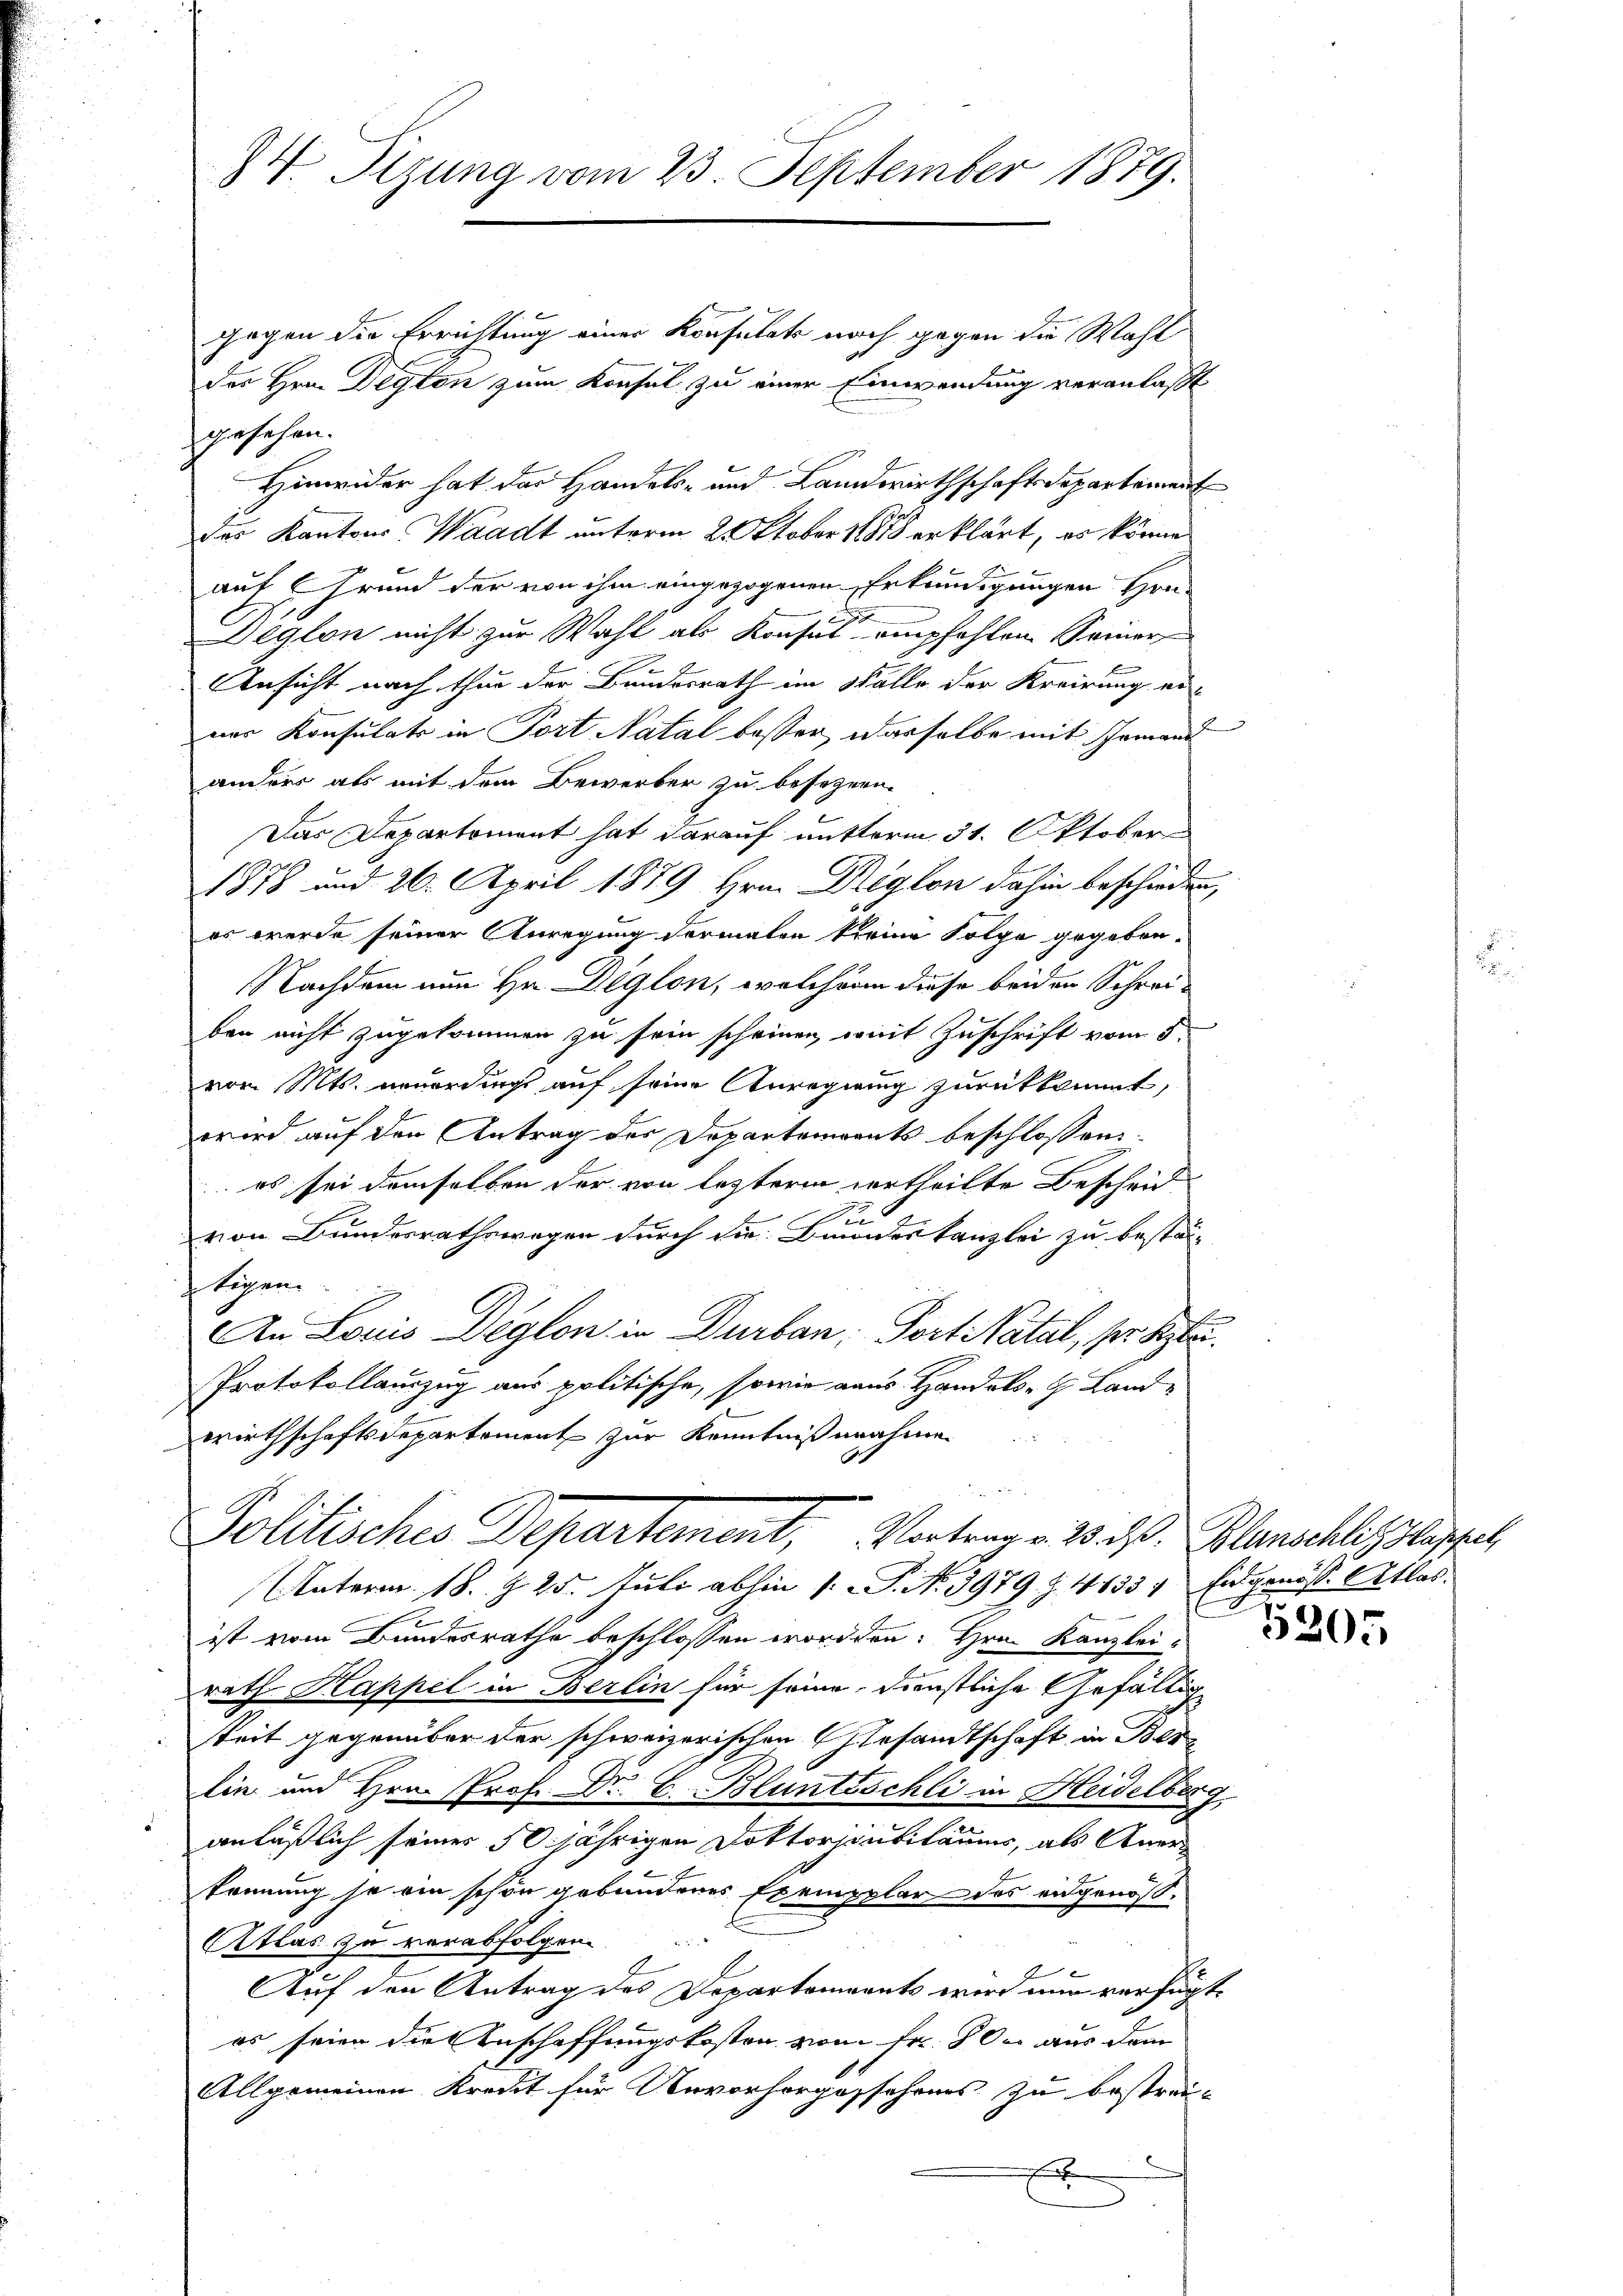
84. Sizung vom 23. September 1879.

Gegen die Errichtung einer Konsulats noch gegen die Wahl
des Hrn. Degton zum Konsul zu einer Einwendung veranlaßt
gesehen.
Hinwider hat das Handels- und Landwirthschaft Departement
der Kantons Waadt unterm 2. Oktober 18858 erklärt, es könne
auf Grund der von ihm eingezogenen Erkundigungen Hen-
Deglon nicht zur Wahl als Konsul empfohlen Seiner
Ansicht nach thur der Bundesrath im Walle der Kreisung er-
ner Konsulato in Port Natal besser, dasselbe mit Jemand
anders als mit dem Bewerber zu besezen.
Das Departement hat darauf mutterm 31. Oktober
1878 und 26. April 1879 Hrn. Dreglon dahin beschieden,
er werde seiner Anregung vormalen keine Folge gegeben-
Nachdem nun Hr. Diglon, welchern diese beiden Schreiben nicht zugekommen zu sein scheinen, mit Zuschrift vom 5.
vom Mts. neuerdings auf seine Anregung zurükkommt,
wind auf den Antrag der Departenants beschlossen:
 es sei demselben der von letztere ertheilte Bescheid
i
von Bundesrathswegen durch die Brundeskanzlei zu bestal-
tigen.
An Louis Deglon in Durban, Fort Natal, ser St
Protokollauszug aus politische, sowie aus Handels- Land-
wirthschaftsdepartement zur Kenntnißnahme
r
Politisches Departement, Vortrag v. 23. d. Planschlechlipfel
Unterm 18. § 25. Juli abhin 1 S. No. 3979 Z. 41331 Eidgenöss. Atlas
ist vom Bundesrathe beschlossen worden. Hrn. Kanzlei-
rath Kappel in Berlin für seine, dienstliche Gefällige
keit gegenüber der schweizerischen Gesandtschaft in Berlin und Hrn. Prof. Dr. C. Bluntschli in Heidelberg.
anläßlich seiner 50 jährigen Doktorjubiläums, als Anerkennung so ein schön gebundenes Exempplar des eidgenos¬
Atlas zu verabfolgen.
x
Auf den Antrag des Departements wird nur verfügt,
es seien diesenschaffungskosten von Fr. 80 er aus dem
Allgemeinen Kredit für Unvorhorgesehenes zu bestreix

.

5205